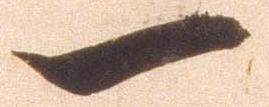
一